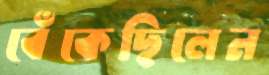
বেঁকেছিলেন